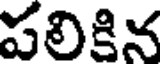
పలికిన